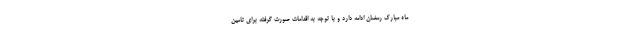
ماه مبارک رمضان ادامه دارد و با توجه به اقدامات صورت گرفته برای تامین